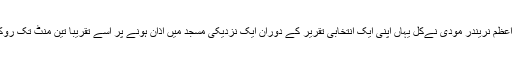
وزیراعظم نریندر مودی نےکل یہاں اپنی ایک انتخابی تقریر کے دوران ایک نزدیکی مسجد میں اذان ہونے پر اسے تقریباََ تین منٹ تک روک دیا۔